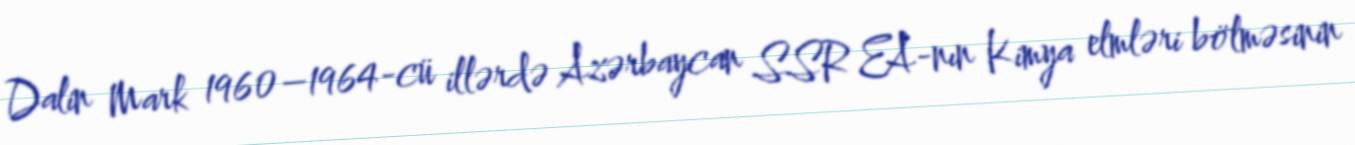
Dalin Mark 1960–1964-cü illərdə Azərbaycan SSR EA-nın Kimya elmləri bölməsinin